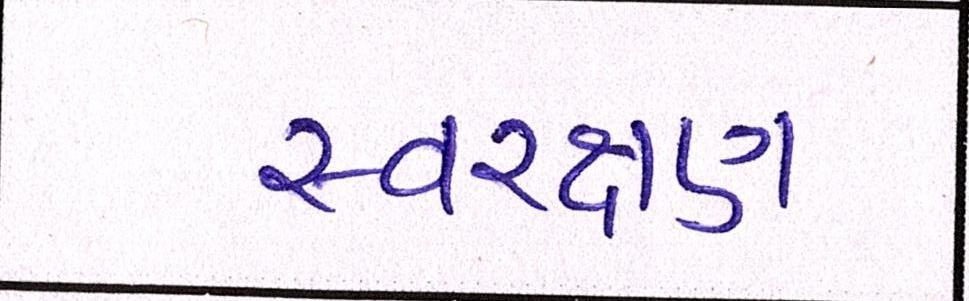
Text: સ્વરક્ષણ